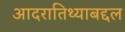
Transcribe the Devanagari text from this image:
आदरातिथ्याबद्दल